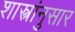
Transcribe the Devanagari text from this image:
शास्त्रांनुसार